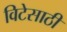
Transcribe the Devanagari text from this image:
विटेसाठी